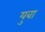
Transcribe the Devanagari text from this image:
युबा